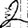
Digit: 2